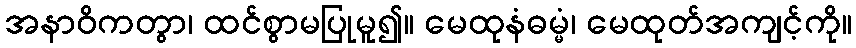
အနာဝိကတွာ၊ ထင်စွာမပြုမူ၍။ မေထုနံဓမ္မံ၊ မေထုတ်အကျင့်ကို။